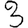
Digit: 3